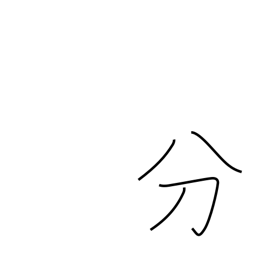
Meaning: duty